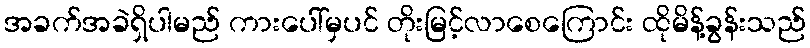
အခက်အခဲရှိပါမည် ကားပေါ်မှပင် တိုးမြင့်လာစေကြောင်း ထိုမိန့်ခွန်းသည်